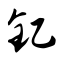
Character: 钇